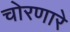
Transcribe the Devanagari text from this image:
चोरणारे